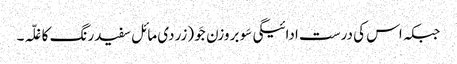
جبکہ اس کی درست ادائیگی سَو بروزن جَو (زردی مائل سفیدرنگ کا غلّہ۔